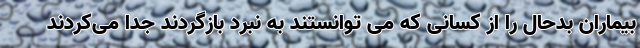
بیماران بدحال را از کسانی که می توانستند به نبرد بازگردند جدا می‌کردند